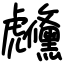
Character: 虪